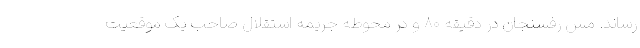
رساند. مس رفسنجان در دقیقه ۸۰ و در محوطه جریمه استقلال صاحب یک موقعیت